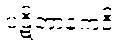
ပဋိဘာနကဝိ